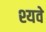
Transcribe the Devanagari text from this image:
श्यवे